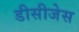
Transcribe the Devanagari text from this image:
डीसीजेस